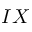
I X